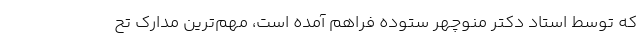
که توسط استاد دکتر منوچهر ستوده فراهم آمده است، مهم‌ترین مدارک تح